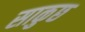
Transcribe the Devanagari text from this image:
साकुछ